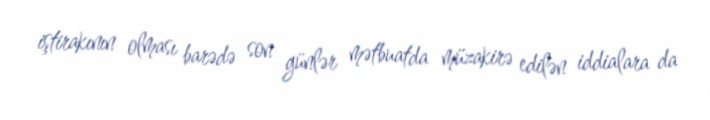
iştirakının olması barədə son günlər mətbuatda müzakirə edilən iddialara da